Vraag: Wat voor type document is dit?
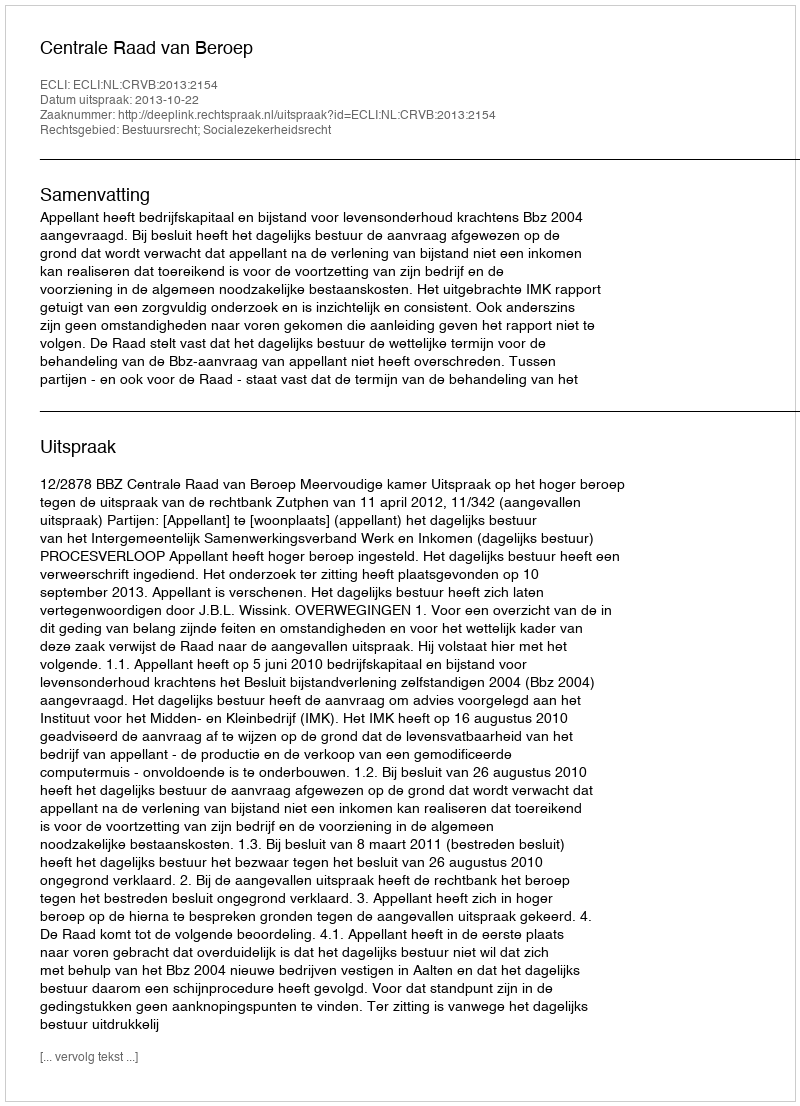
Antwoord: Uitspraak